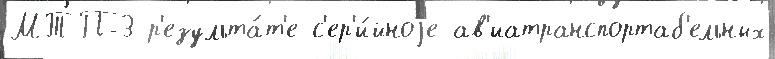
МТП-3 р'езульта́т'е с'ер'и́йноjе ав'иатранспортаб'ельных